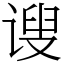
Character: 𫍲